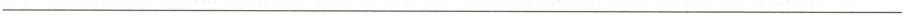
___